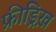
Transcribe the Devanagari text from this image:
फ्रीड्रिख़